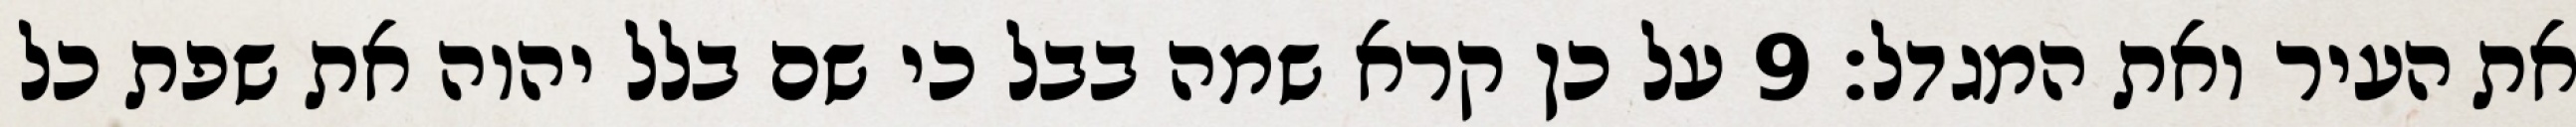
את העיר ואת המגדל׃ ‎9‏ על כן קרא שמה בבל כי שם בלל יהוה את שפת כל